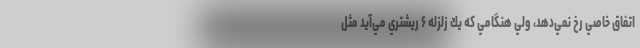
اتفاق خاصي رخ نمي‌دهد، ولي هنگامي كه يك زلزله ۶ ريشتري مي‌آيد مثل